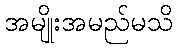
အမျိုးအမည်မသိ